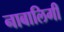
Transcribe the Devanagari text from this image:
नाबालिगी